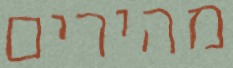
מהירים